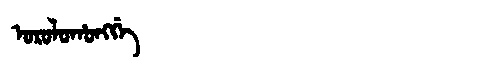
Manchu: ᠣᡵᠣᠯᠣᡥᠣᠩᡤᡝ
Romanization: OROLOHONGGE